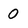
Character: 0